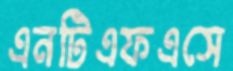
এনটিএফএসে